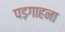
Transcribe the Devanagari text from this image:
पड़गाहना